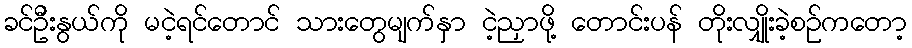
ခင်ဦးနွယ်ကို မငဲ့ရင်တောင် သားတွေမျက်နှာ ငဲ့ညှာဖို့ တောင်းပန် တိုးလျှိုးခဲ့စဉ်ကတော့